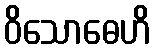
ဝိသောဓေဟိ